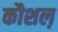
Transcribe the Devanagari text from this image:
कौशल़